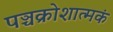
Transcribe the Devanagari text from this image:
पञ्चक्रोशात्मकं